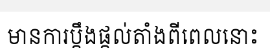
មានការប្តឹងផ្តល់តាំងពីពេលនោះ